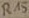
Text: R15